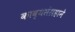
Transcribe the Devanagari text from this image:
काव्यसंग्रहाने